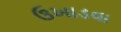
ઉખાડવા